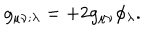
LaTeX: g _ { \mu \nu ; \lambda } = + 2 g _ { \mu \nu } \phi _ { \lambda } .